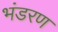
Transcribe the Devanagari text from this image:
भंडरण